Report on sanitation, dispensaries, and jails in Rajputana for 1919, and on vaccination for the year 1919-1920 - 1919-1920
Year: 1919
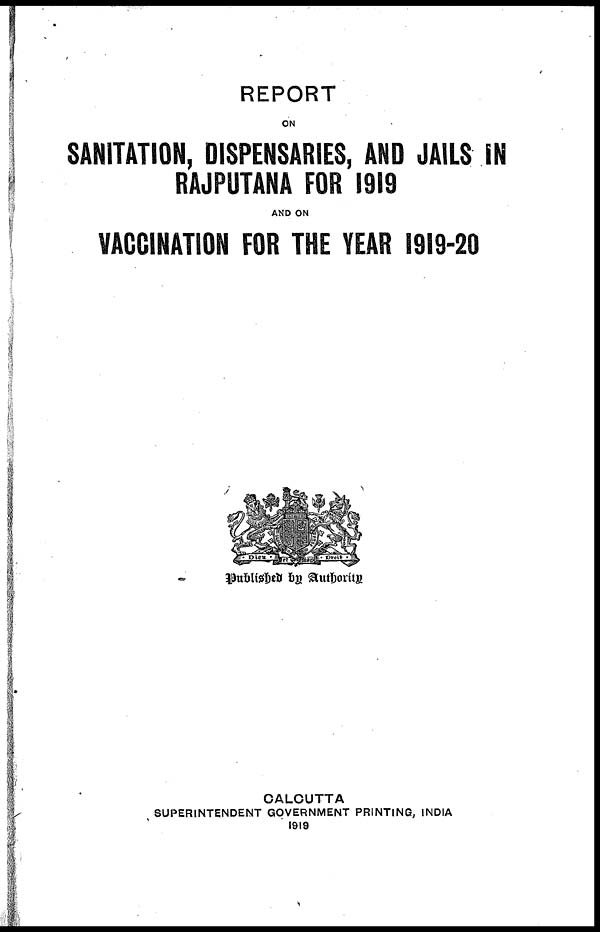
REPORT
ON
SANITATION, DISPENSARIES, AND JAILS IN
RAJPUTANA FOR 1919
AND ON
VACCINATION FOR THE YEAR 1919-20
Published by Authority
CALCUTTA
SUPERINTENDENT GOVERNMENT PRINTING, INDIA
1919